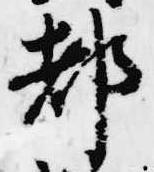
都